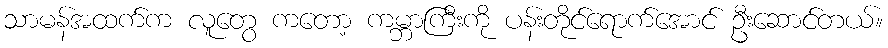
သာမန်အထက်က လူတွေ ကတော့ ကမ္ဘာကြီးကို ပန်းတိုင်ရောက်အောင် ဦးဆောင်တယ်။